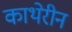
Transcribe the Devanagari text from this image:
काथेरीन